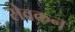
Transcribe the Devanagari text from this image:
सेवकन